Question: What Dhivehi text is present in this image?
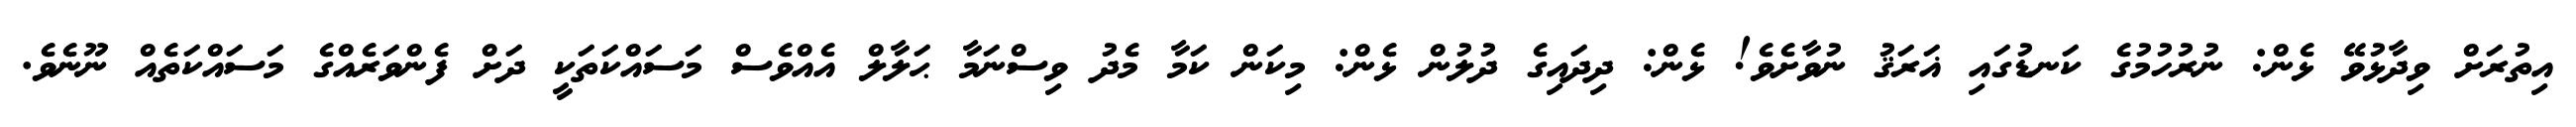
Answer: އިތުރަށް ވިދާޅުވޭ ޅެން: ނުރުހުމުގެ ކަނޑުގައި ޣަރަޤު ނުވާށެވެ! ޅެން: ދިދައިގެ ދުލުން ޅެން: މިކަން ކަމާ މެދު ވިސްނަމާ ޙަލާލް އެއްވެސް މަސައްކަތަކީ ދަށް ފެންވަރެއްގެ މަސައްކަތެއް ނޫނެވެ.